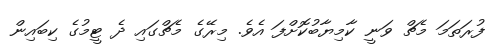
ފުރަތަމަ މެޗް ވަނީ ކާމިޔާބުކޮށްފަ އެވެ. މިރޭގެ މެޗްގައި ދެ ޓީމުގެ ކިބައިން